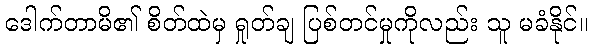
ဒေါက်တာမိ၏ စိတ်ထဲမှ ရှုတ်ချ ပြစ်တင်မှုကိုလည်း သူ မခံနိုင်။